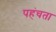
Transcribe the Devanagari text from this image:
पहंचता